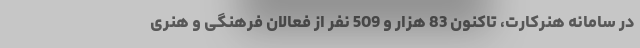
در سامانه هنرکارت، تاکنون 83 هزار و 509 نفر از فعالان فرهنگی و هنری